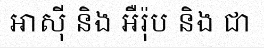
អាស៊ី និង អឺរ៉ុប និង ជា